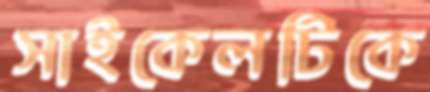
সাইকেলটিকে